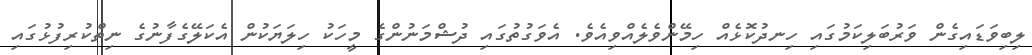
ލިބިވަޑައިގެން ވަރުބަލިކަމުގައި ހިނދުކޮޅެއް ހިމޭންވެލެއްވިއެވެ. އެވަގުތުގައި ދުޝްމަނުންގެ މީހަކު ހިލަޔަކުން އެކަލޭގެފާނުގެ ނިތްކުރިފުޅުގައި